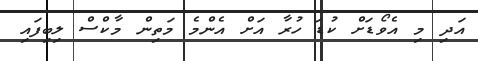
އަދި މި އެވޯޑަށް ކުޑަ ހުރާ އަށް އެންމެ މަތިން މާކްސް ލިބިފައި